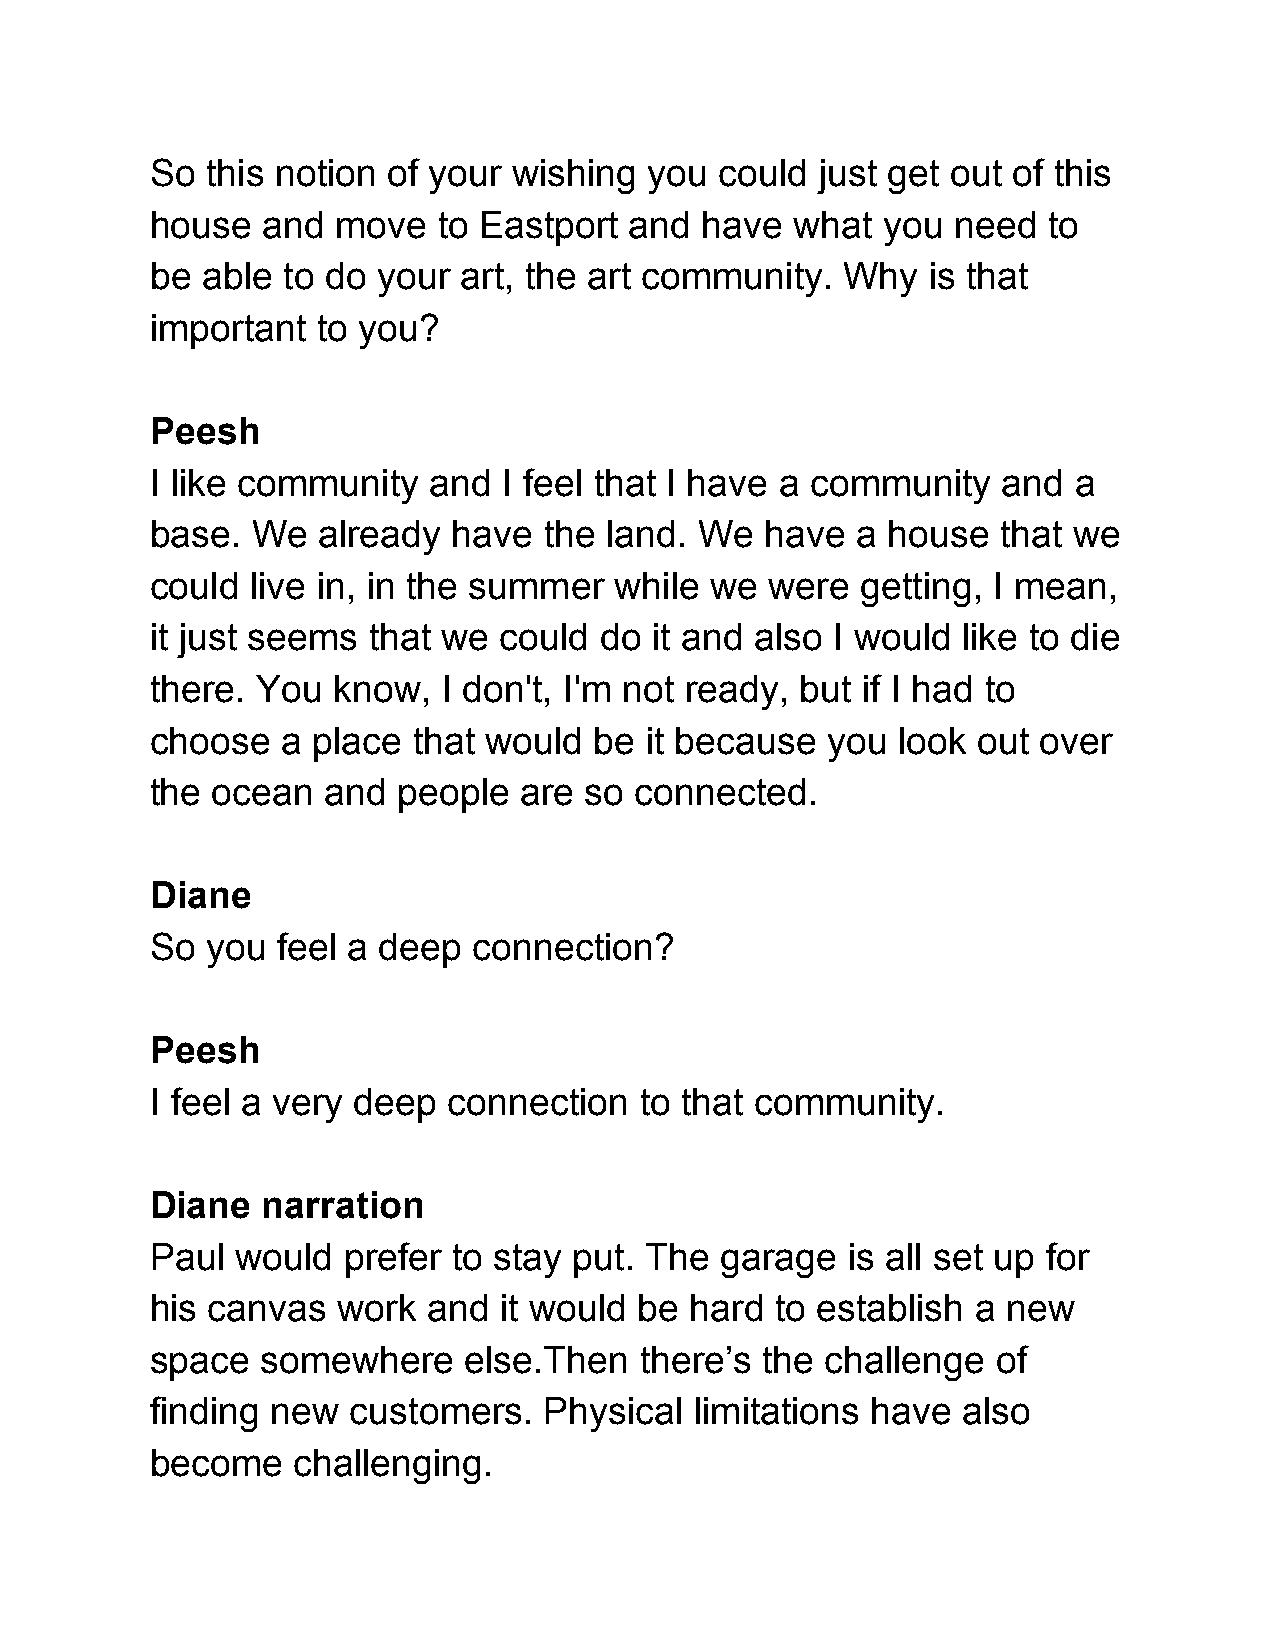
So  this notion of your wishing  you  could just get out of this
 house  and  move   to Eastport  and  have  what  you need  to
 be able  to do your art, the art community.   Why   is that
 important  to you?
 Peesh
 I like community  and  I feel that I have a community   and  a
 base.  We  already  have  the land. We   have  a house  that we
 could  live in, in the summer  while we  were  getting, I mean,
 it just seems that we  could  do it and also I would  like to die
 there. You  know,  I don't, I'm not ready, but if I had to
 choose   a place that would  be  it because  you look  out over
 the ocean   and people   are so connected.
 Diane
 So  you feel a deep  connection?
 Peesh
 I feel a very deep  connection  to that community.
 Diane  narration
 Paul  would  prefer to stay put. The  garage  is all set up for
 his canvas  work  and  it would be  hard to establish  a new
 space  somewhere     else.Then  there’s  the challenge  of
 finding new  customers.   Physical  limitations have  also
 become   challenging.